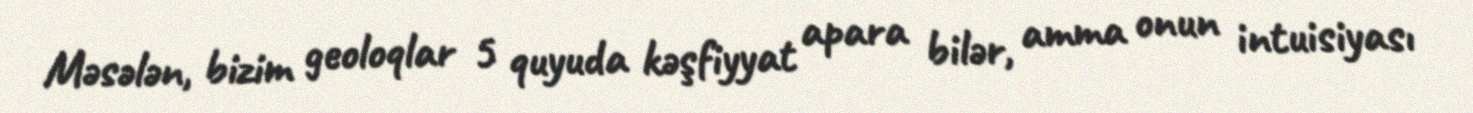
Məsələn, bizim geoloqlar 5 quyuda kəşfiyyat apara bilər, amma onun intuisiyası